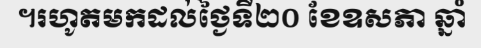
។រហូតមកដល់ថ្ងៃទី២០ ខែឧសភា ឆ្នាំ